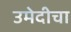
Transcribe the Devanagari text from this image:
उमेदीचा